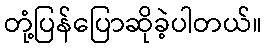
တုံ့ပြန်ပြောဆိုခဲ့ပါတယ်။